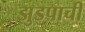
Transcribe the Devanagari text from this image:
झुडपाची